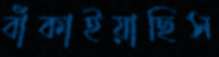
বাঁকাইয়াছিস